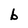
Character: b